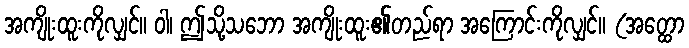
အကျိုးထူးကိုလျှင်။ ဝါ၊ ဤသို့သဘော အကျိုးထူး၏တည်ရာ အကြောင်းကိုလျှင်။ (အတ္ထော